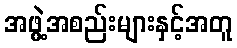
အဖွဲ့အစည်းများနှင့်အတူ